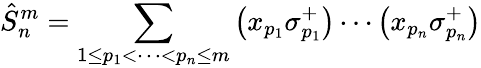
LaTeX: \hat{S}_{n}^{m}=\sum_{1\leq p_{1}<\cdots<p_{n}\leq m}\left(x_{p_{1}}\sigma_{p_{1}}^{+}\right)\cdots\left(x_{p_{n}}\sigma_{p_{n}}^{+}\right)